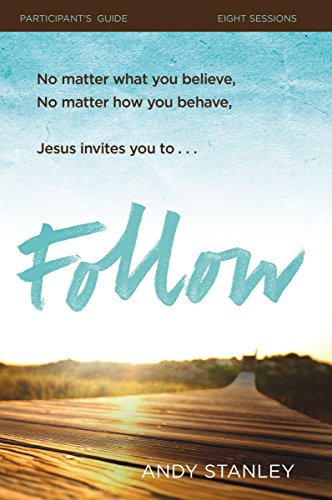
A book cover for Follow Participant's Guide: No Experience Necessary; Andy Stanley; Christian Books & Bibles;